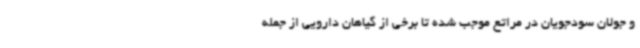
و جولان سودجویان در مراتع موجب شده تا برخی از گیاهان دارویی از جمله